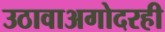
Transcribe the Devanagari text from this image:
उठावाअगोदरही